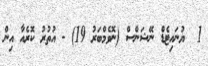
1  ޔުނައިޓެޑް ނޭޝަންސް (ނޮވެމްބަރު 19) - އުތުރު ކޮރެއާ އިން